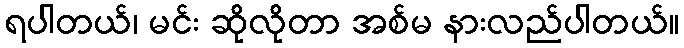
ရပါတယ်၊ မင်း ဆိုလိုတာ အစ်မ နားလည်ပါတယ်။